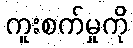
ကူးစက်မှုကို